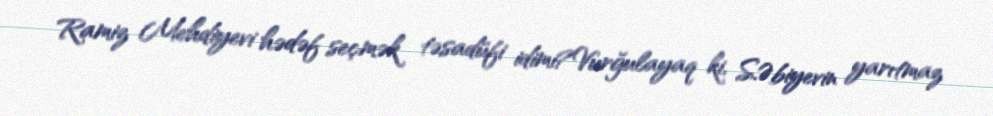
Ramiz Mehdiyevi hədəf seçmək təsadüfi idimi?Vurğulayaq ki, S.Əbiyevin yarıtmaz